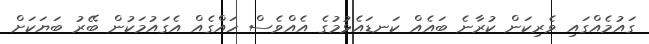
ގައުމެއްގައި ވެރިކަން ކުރާނެ ބައެއް ކަނޑައެޅުމުގެ އެއްވެސް ހައްގެއް އެގައުމަކުން ބޭރު ބަޔަކަށް